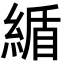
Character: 䋸